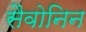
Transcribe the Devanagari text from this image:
सैवोनिन